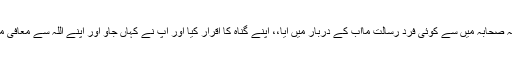
ایسی مثالیں اور بھی ہیں کہ صحابہ میں سے کوئی فرد رسالت ماآب کے دربار میں آیا،، اپنے گناہ کا اقرار کیا اور آپ نے کہاں جاؤ اور اپنے اللہ سے معافی مانگو، وہ غفور الرحیم ہے۔